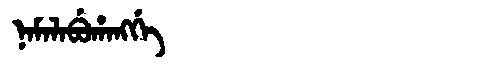
Manchu: ᠨᠠᠮᠠᠯᠠᠪᡠᡥᠠᠩᡤᡝ
Romanization: NAMALABUHANGGE